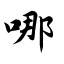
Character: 哪